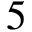
5